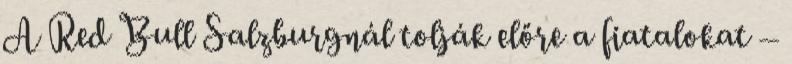
A Red Bull Salzburgnál tolják előre a fiatalokat –